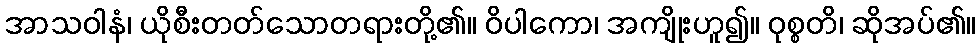
အာသဝါနံ၊ ယိုစီးတတ်သောတရားတို့၏။ ဝိပါကော၊ အကျိုးဟူ၍။ ဝုစ္စတိ၊ ဆိုအပ်၏။